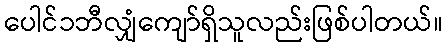
ပေါင်၁ဘီလျှံကျော်ရှိသူလည်းဖြစ်ပါတယ်။